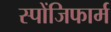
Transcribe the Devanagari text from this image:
स्पोंजिफार्म